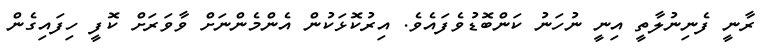
ރާނީ ފެނިނުލާތީ އިނީ ނުހަނު ކަންބޮޑުވެފައެވެ. އިރުކޮޅަކުން އެންމެންނަށް ވާވަރަށް ކޮފީ ހިފައިގެން